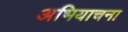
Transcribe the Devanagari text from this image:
अभियाचना